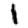
Digit: 1